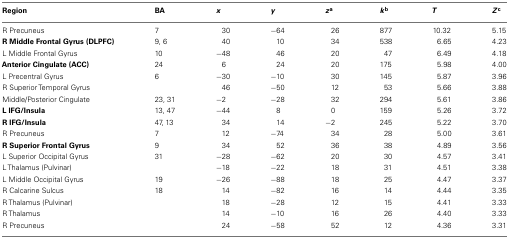
<table><thead><tr><td><b>Region</b></td><td><b>BA</b></td><td><b><i>x</i></b></td><td><b><i>y</i></b></td><td><b><i>z</i><sup>a</sup></b></td><td><b><i>k</i><sup>b</sup></b></td><td><b><i>T</i></b></td><td><b><i>Z</i><sup>c</sup></b></td></tr></thead><tbody><tr><td>R Precuneus</td><td>7</td><td>30</td><td>−64</td><td>26</td><td>877</td><td>10.32</td><td>5.15</td></tr><tr><td><b>R Middle Frontal Gyrus (DLPFC)</b></td><td>9, 6</td><td>40</td><td>10</td><td>34</td><td>538</td><td>6.65</td><td>4.23</td></tr><tr><td>L Middle Frontal Gyrus</td><td>10</td><td>−48</td><td>46</td><td>20</td><td>47</td><td>6.49</td><td>4.18</td></tr><tr><td><b>Anterior Cingulate (ACC)</b></td><td>24</td><td>6</td><td>24</td><td>20</td><td>175</td><td>5.98</td><td>4.00</td></tr><tr><td>L Precentral Gyrus</td><td>6</td><td>−30</td><td>−10</td><td>30</td><td>145</td><td>5.87</td><td>3.96</td></tr><tr><td>R Superior Temporal Gyrus</td><td></td><td>46</td><td>−50</td><td>12</td><td>53</td><td>5.66</td><td>3.88</td></tr><tr><td>Middle/Posterior Cingulate</td><td>23, 31</td><td>−2</td><td>−28</td><td>32</td><td>294</td><td>5.61</td><td>3.86</td></tr><tr><td><b>L IFG/Insula</b></td><td>13, 47</td><td>−44</td><td>8</td><td>0</td><td>159</td><td>5.26</td><td>3.72</td></tr><tr><td><b>R IFG/Insula</b></td><td>47, 13</td><td>34</td><td>14</td><td>−2</td><td>245</td><td>5.22</td><td>3.70</td></tr><tr><td>R Precuneus</td><td>7</td><td>12</td><td>−74</td><td>34</td><td>28</td><td>5.00</td><td>3.61</td></tr><tr><td><b>R Superior Frontal Gyrus</b></td><td>9</td><td>34</td><td>52</td><td>36</td><td>38</td><td>4.89</td><td>3.56</td></tr><tr><td>L Superior Occipital Gyrus</td><td>31</td><td>−28</td><td>−62</td><td>20</td><td>30</td><td>4.57</td><td>3.41</td></tr><tr><td>L Thalamus (Pulvinar)</td><td></td><td>−18</td><td>−22</td><td>18</td><td>31</td><td>4.51</td><td>3.38</td></tr><tr><td>L Middle Occipital Gyrus</td><td>19</td><td>−26</td><td>−88</td><td>18</td><td>25</td><td>4.47</td><td>3.37</td></tr><tr><td>R Calcarine Sulcus</td><td>18</td><td>14</td><td>−82</td><td>16</td><td>14</td><td>4.44</td><td>3.35</td></tr><tr><td>R Thalamus (Pulvinar)</td><td></td><td>18</td><td>−28</td><td>12</td><td>15</td><td>4.41</td><td>3.33</td></tr><tr><td>R Thalamus</td><td></td><td>14</td><td>−10</td><td>16</td><td>26</td><td>4.40</td><td>3.33</td></tr><tr><td>R Precuneus</td><td></td><td>24</td><td>−58</td><td>52</td><td>12</td><td>4.36</td><td>3.31</td></tr></tbody></table>